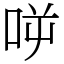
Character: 𠱘